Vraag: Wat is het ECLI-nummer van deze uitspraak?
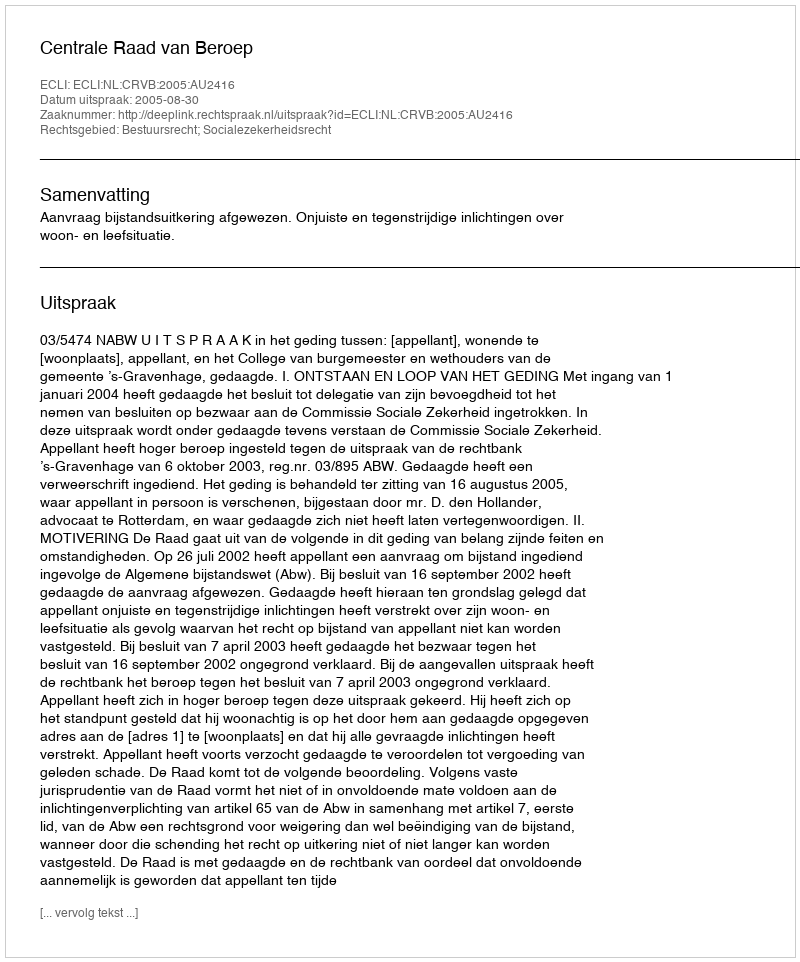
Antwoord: ECLI:NL:CRVB:2005:AU2416